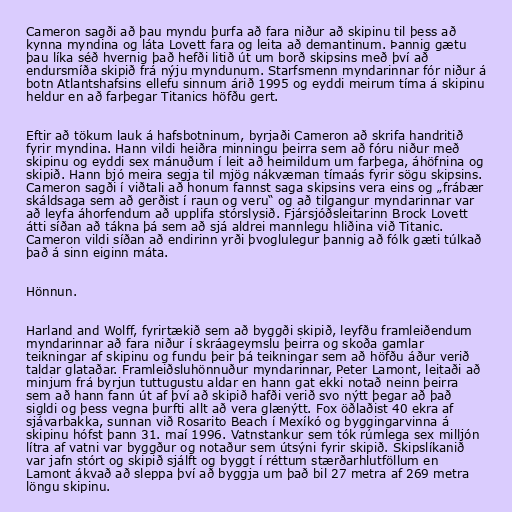
Cameron sagði að þau myndu þurfa að fara niður að skipinu til þess að
kynna myndina og láta Lovett fara og leita að demantinum. Þannig gætu
þau líka séð hvernig það hefði litið út um borð skipsins með því að
endursmíða skipið frá nýju myndunum. Starfsmenn myndarinnar fór niður á
botn Atlantshafsins ellefu sinnum árið 1995 og eyddi meirum tíma á skipinu
heldur en að farþegar Titanics höfðu gert.

Eftir að tökum lauk á hafsbotninum, byrjaði Cameron að skrifa handritið
fyrir myndina. Hann vildi heiðra minningu þeirra sem að fóru niður með
skipinu og eyddi sex mánuðum í leit að heimildum um farþega, áhöfnina og
skipið. Hann bjó meira segja til mjög nákvæman tímaás fyrir sögu skipsins.
Cameron sagði í viðtali að honum fannst saga skipsins vera eins og „frábær
skáldsaga sem að gerðist í raun og veru“ og að tilgangur myndarinnar var
að leyfa áhorfendum að upplifa stórslysið. Fjársjóðsleitarinn Brock Lovett
átti síðan að tákna þá sem að sjá aldrei mannlegu hliðina við Titanic.
Cameron vildi síðan að endirinn yrði þvoglulegur þannig að fólk gæti túlkað
það á sinn eiginn máta.

Hönnun.

Harland and Wolff, fyrirtækið sem að byggði skipið, leyfðu framleiðendum
myndarinnar að fara niður í skráageymslu þeirra og skoða gamlar
teikningar af skipinu og fundu þeir þá teikningar sem að höfðu áður verið
taldar glataðar. Framleiðsluhönnuður myndarinnar, Peter Lamont, leitaði að
minjum frá byrjun tuttugustu aldar en hann gat ekki notað neinn þeirra
sem að hann fann út af því að skipið hafði verið svo nýtt þegar að það
sigldi og þess vegna þurfti allt að vera glænýtt. Fox öðlaðist 40 ekra af
sjávarbakka, sunnan við Rosarito Beach í Mexíkó og byggingarvinna á
skipinu hófst þann 31. maí 1996. Vatnstankur sem tók rúmlega sex milljón
lítra af vatni var byggður og notaður sem útsýni fyrir skipið. Skipslíkanið
var jafn stórt og skipið sjálft og byggt í réttum stærðarhlutföllum en
Lamont ákvað að sleppa því að byggja um það bil 27 metra af 269 metra
löngu skipinu.